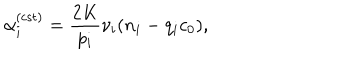
LaTeX: \alpha _ { i } ^ { ( \mathrm { c s t } ) } = \frac { 2 K } { p _ { i } } \nu _ { i } ( n _ { i } - q _ { i } c _ { 0 } ) ,